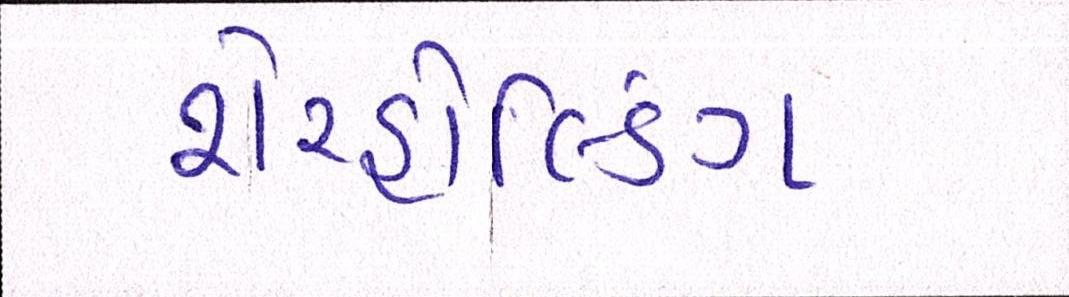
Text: શેરહોલ્ડિંગ